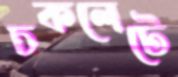
চকলেটে